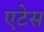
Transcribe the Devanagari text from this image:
एटेस